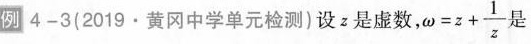
例4-3(2019·黄冈中学单元检测)设z是虚数，ω $$=z+ \frac{1}{z}$$ 是